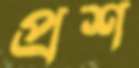
প্রশ